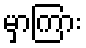
မှာကြား